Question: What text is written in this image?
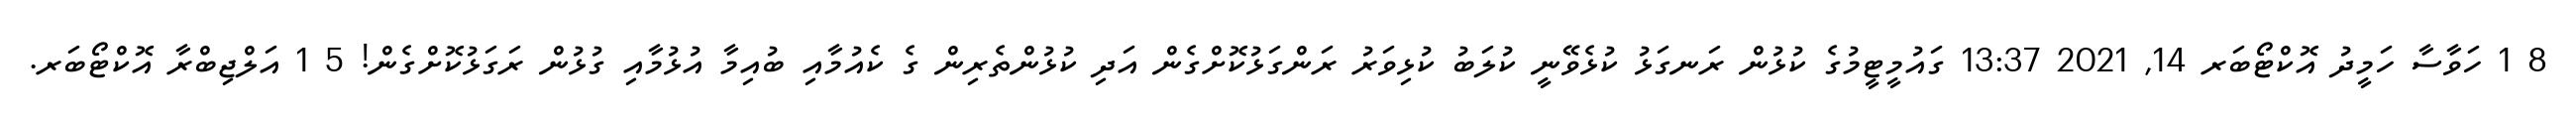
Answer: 8 1 ހަވާސާ ހަމީދު އޮކްޓޯބަރ 14, 2021 13:37 ގައުމީޓީމުގެ ކުޅުން ރަނގަޅު ކުޅެވޭނީ ކުލަބު ކުޅިވަރު ރަންގަޅުކޮށްގެން އަދި ކުޅުންތެރިން ގެ ކެއުމާއި ބުއިމާ އުޅުމާއި ގުޅުން ރަގަޅުކޮށްގެން! 5 1 އަލްޖިބްރާ އޮކްޓޯބަރ.